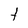
Character: t